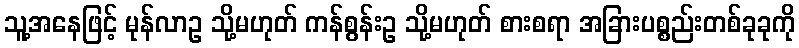
သူ့အနေဖြင့် မုန်လာဥ သို့မဟုတ် ကန်စွန်းဥ သို့မဟုတ် စားစရာ အခြားပစ္စည်းတစ်ခုခုကို